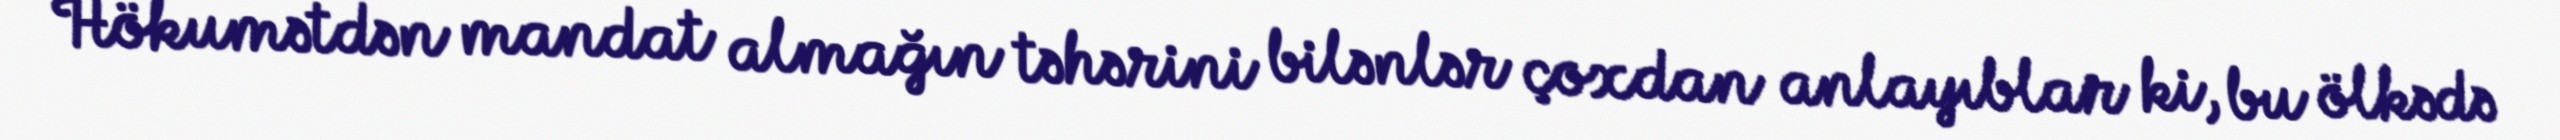
Hökumətdən mandat almağın təhərini bilənlər çoxdan anlayıblar ki, bu ölkədə